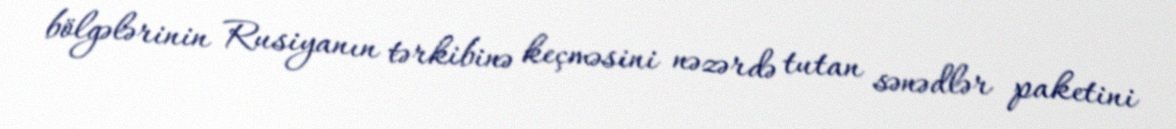
bölgələrinin Rusiyanın tərkibinə keçməsini nəzərdə tutan sənədlər paketini